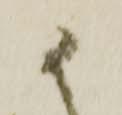
か